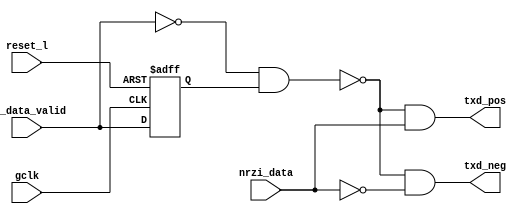
`timescale 1ns / 10ps


module tx_diff(gclk, reset_l, txd_pos, txd_neg, tx_data_valid, nrzi_data);

input gclk;			//global clock from the testbech
input reset_l;			//global reset from the testbench
input nrzi_data;		//transmit data after nrzi encoder
input tx_data_valid;		//data valid qualifier

output txd_pos;			//transmit data positive out
output txd_neg;			//transmit data negative out

reg tx_data_valid_d;
reg tx_data_valid_2d;

wire send_eop;

always @(posedge gclk or negedge reset_l)
begin
  if(!reset_l)
  begin
    tx_data_valid_d <= #1 1'b0;
    tx_data_valid_2d <= #1 1'b0;
  end
  else
  begin
    tx_data_valid_d <= #1 tx_data_valid;
    tx_data_valid_2d <= #1 tx_data_valid_d;
  end
end

assign send_eop = !tx_data_valid && tx_data_valid_d;

assign txd_pos = !send_eop && nrzi_data;
assign txd_neg = !send_eop && !nrzi_data;


endmodule